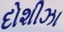
દોશીઝા